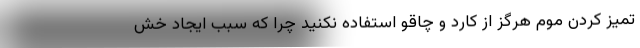
تمیز کردن موم هرگز از کارد و چاقو استفاده نکنید چرا که سبب ایجاد خش